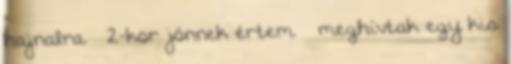
hajnalra – 2-kor jön­nek értem – meghívtak egy kis